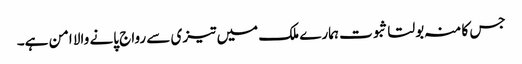
جس کا منہ بولتا ثبوت ہمارے ملک میں تیزی سے رواج پانے والا امن ہے۔